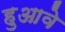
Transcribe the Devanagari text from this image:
हुआवे